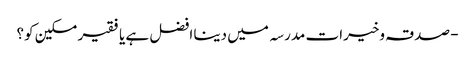
- صدقہ وخیرات مدرسہ میں دینا افضل ہے یا فقیر مسکین کو؟